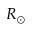
R _ { \odot }